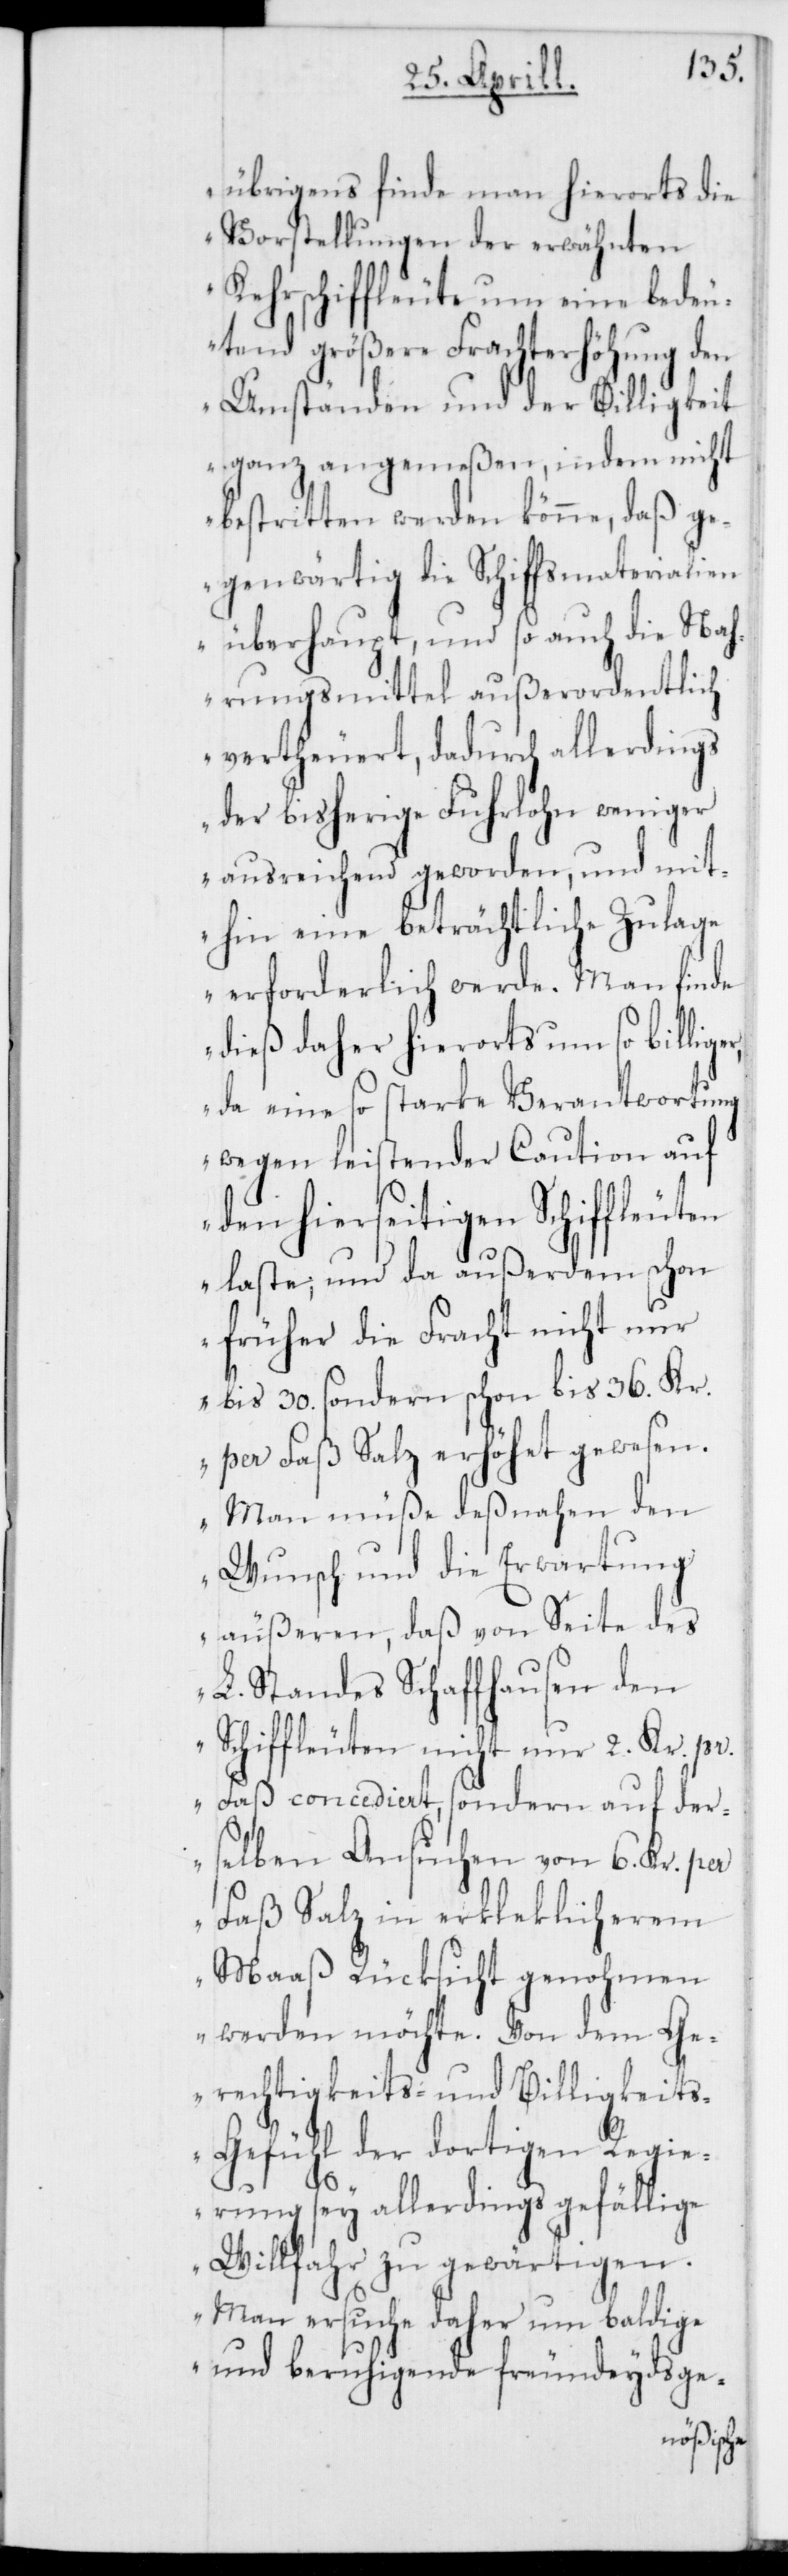
übrigens finde man hierorts die
Vorstellungen der erwähnten
Kehrschiffleute um eine bedeu¬
tend größere Frachterhöhung den
Umständen und der Billigkeit
ganz angemeßen, indem nicht
bestritten werden könne, daß ge¬
genwärtig die Schiffsmaterialien
überhaupt, und so auch die Nah¬
rungsmittel außerordentlich
vertheuert, dadurch allerdings
der bisherige Fuhrlohn weniger
ausreichend geworden, und mit¬
hin eine beträchtliche Zulage
erforderlich werde. Man finde
dies daher hierorts um so billige¬
da eine so starke Verantwortung
wegen leistender Caution auf
den hierseitigen Schiffleuten
laste, und da außerdem schon
früher die Fracht nicht nur
bis 30. sondern schon bis 36. Kr.
per Faß Salz erhöhet gewesen.
Man müße deßnahen den
Wunsch und die Erwartung
äußeren, daß von Seite des
L. Standes Schaffhausen den
Schiffleuten nicht nur 2. Kr. pr.
Faß concediert, sondern auf der¬
r,
selben Ansuchen von 6. Kr. per
Faß Salz in erklecklicherem
Maaß Rücksicht genohmen
werden möchte. Von dem Ge¬
rechtigkeits- und Billigkeit¬
s-Gefühl der dortigen Regie¬
rung sei allerdings gefällige
Willfahr zu gewärtigen.
Man ersuche daher um baldige
und beruhigende freundeydsge-